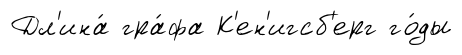
Дл'ина́ гра́фа К'ен'игсб'ерг го́ды